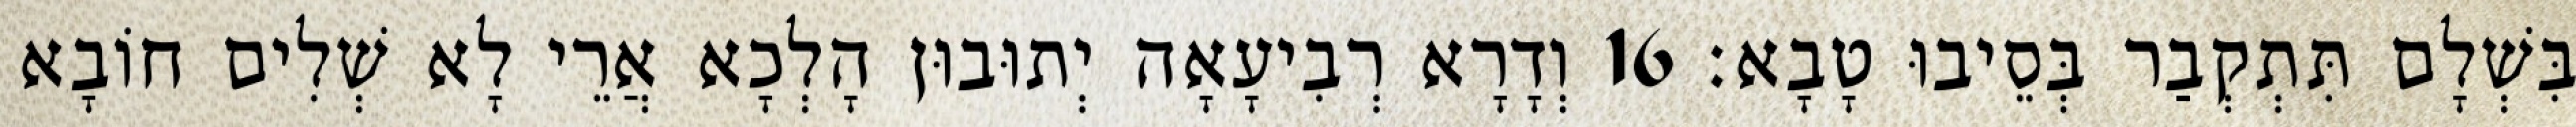
בִּשְׁלָם תִּתְקְבַר בְּסֵיבוּ טָבָא׃ 16 וְדָרָא רְבִיעָאָה יְתוּבוּן הָלְכָא אֲרֵי לָא שְׁלִים חוֹבָא